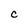
Character: C